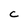
Character: C